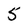
Character: 5